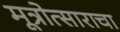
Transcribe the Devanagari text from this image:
मूत्रोत्साराचा